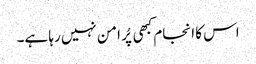
اس کا انجام کبھی پُر امن نہیں رہا ہے۔